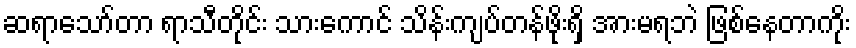
ဆရာသော်တာ ရာသီတိုင်း သားကောင် သိန်းကျပ်တန်ဖိုးရှိ အားမရဘဲ ဖြစ်နေတာကိုး